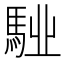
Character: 𩣌